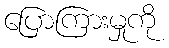
ပြောကြားမှုကို